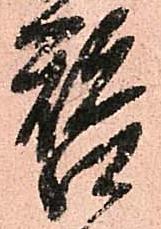
替